Lunatic asylums Central Provinces reports 1886-1894 - 1886-1894
Year: 1886
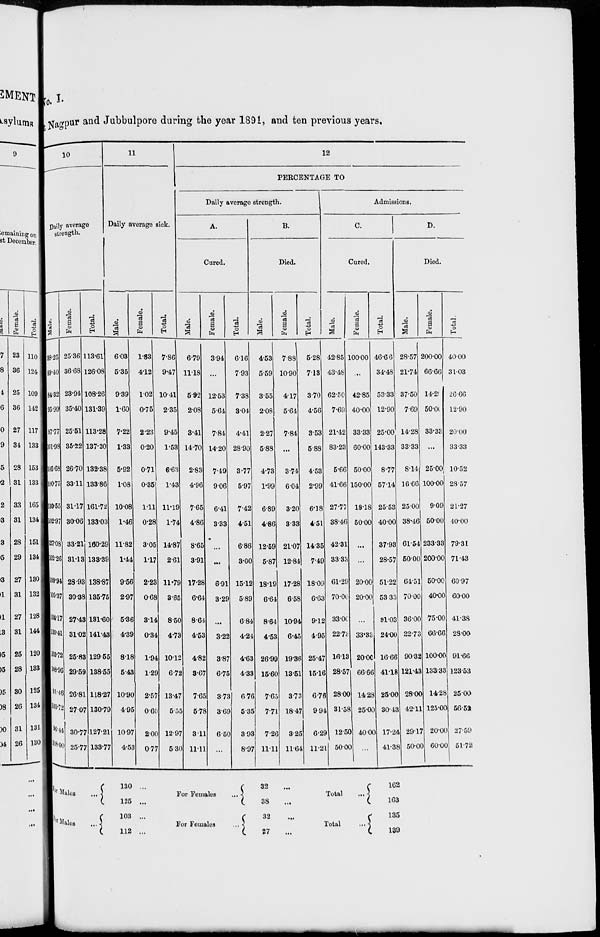
No. I
Nagpur and Jubbulpore during the year 1891, and ten previous years.
10
Daily average
strength.
Male.
38.25
89.40
84.32
95.99
87.77
101.98
105.68
100.75
130.55
102.97
127.08
102.26
109.94
105.37
104.17
110.41
103.72
108.96
91.46
103.72
96.44
108.00
Female.
25.36
36.68
23.94
35.40
25.51
35.22
26.70
33.11
31.17
30.06
33.21
31.13
28.93
30.38
27.43
31.02
25.83
29.59
26.81
27.07
30.77
25.77
Total.
113.61
126.08
108.26
131.39
113.28
137.20
132.38
133.86
161.72
133.03
160.29
133.39
138.87
135.75
131.60
141.43
129.55
138.55
118.27
130.79
127.21
133.77
11
Daily average sick.
Male.
6.03
5.35
9.39
1.60
7.22
1.33
5.92
1.08
10.08
1.46
11.82
1.44
9.56
2.97
5.36
4.39
8.18
5.43
10.90
4.95
10.97
4.53
Female.
1.83
4.12
1.02
0.75
2.23
0.20
0.71
0.35
1.11
0.28
3.05
1.17
2.23
0.68
3.14
0.34
1.94
1.29
2.57
0.60
2.00
0.77
Total.
7.86
9.47
10.41
2.35
9.45
1.53
6.63
1.43
11.19
1.74
14.87
2.61
11.79
3.65
8.50
4.73
10.12
6.72
13.47
5.55
12.97
5.30
12
PERCENTAGE TO
Daily average strength.
A.
Cured.
Male.
6.79
11.18
5.92
2.08
3.41
14.70
2.83
4.96
7.65
4.86
8.65
3.91
17.28
6.64
8.64
4.53
4.82
3.67
7.65
5.78
3.11
11.11
Female.
3.94
...
12.53
5.64
7.84
14.20
7.49
9.06
6.41
3.33
...
...
6.91
3.29
...
3.22
3.87
6.75
3.73
3.69
6.50
...
Total.
6.16
7.93
7.38
3.04
4.41
28.90
3.77
5.97
7.42
4.51
6.86
3.00
15.12
5.89
6.84
4.24
4.63
4.33
6.76
5.35
3.93
8.97
B.
Died.
Male.
4.53
5.59
3.55
2.08
2.27
5.88
4.73
1.99
6.89
4.86
12.59
5.87
18.19
6.64
8.64
4.53
26.99
15.60
7.65
7.71
7.26
11.11
Female.
7.88
10.90
4.17
5.64
7.84
...
3.74
6.04
3.20
3.33
21.07
12.84
17.28
6.58
10.94
6.45
19.36
13.51
3.73
18.47
3.25
11.64
Total.
5.28
7.13
3.70
4.56
3.53
5.88
4.53
2.99
6.18
4.51
14.35
7.49
18.09
6.63
9.12
4.95
25.47
15.16
6.76
9.94
6.29
11.21
Admissions.
C.
Cured.
Male.
42.85
43.48
62.50
7.69
21.42
83.23
5.66
41.66
27.77
38.46
42.31
33.33
61.29
70.00
33.00
22.73
16.13
28.57
28.00
31.58
12.50
50.00
Female.
100.00
...
42.85
40.00
33.33
60.00
50.00
150.00
18.18
50.00
...
...
20.00
20.00
...
33.33
20.00
66.66
14.28
25.00
40.00
...
Total.
46.66
34.48
53.33
12.90
25.00
143.33
8.77
57.14
25.53
40.00
37.93
28.57
51.22
53.33
31.03
24.00
16.66
41.18
25.00
30.43
17.24
41.38
D.
Died.
Male.
28.57
21.74
37.50
7.69
14.28
33.33
8.14
16.66
25.00
38.46
61.54
50.00
64.51
70.00
36.00
22.73
90.32
121.43
28.00
42.11
29.17
50.00
Female.
200.00
66.66
14.28
50.00
33.33
...
25.00
100.00
9.09
50.00
233.33
200.00
50.00
40.00
75.00
66.66
100.00
133.33
14.28
125.00
20.00
60.00
Total.
40.00
31.03
26.66
12.90
20.00
33.33
10.52
28.57
21.27
40.00
79.31
71.43
60.97
60.00
41.38
28.00
91.66
123.53
25.00
56.52
27.59
51.72
For Males
...
For Males ...
130 ...
125 ...
103 ...
112 ...
For Females ...
For Females ...
32 ...
38 ...
32 ...
27 ...
Total ...
Total ...
162
163
135
139